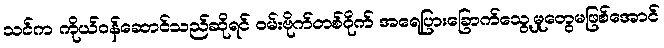
သင်က ကိုယ်ဝန်ဆောင်သည်ဆိုရင် ဝမ်းဗိုက်တစ်ဝိုက် အရေပြားခြောက်သွေ့မှုတွေမဖြစ်အောင်